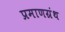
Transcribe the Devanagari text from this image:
प्रमाणग्रंथ